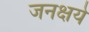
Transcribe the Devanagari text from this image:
जनक्षये